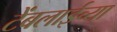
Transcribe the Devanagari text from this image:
टेंबलाईच्या